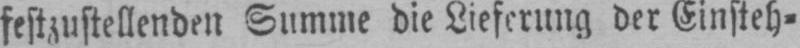
festzustellenden Summe die Lieferung der Einsteh⸗